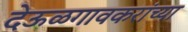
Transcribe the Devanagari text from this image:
देऊळगावकरांच्या